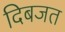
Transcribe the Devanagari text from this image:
दिबजत